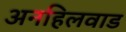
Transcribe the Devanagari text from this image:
अनहिलवाड